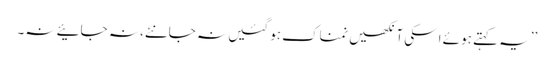
’’یہ کہتے ہوئے اسکی آنکھیں نمناک ہو گئیں نہ جانئے، نہ جائیے نہ۔